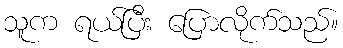
သူက ရယ်ပြီး ပြောလိုက်သည်။